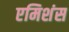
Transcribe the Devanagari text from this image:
एमिशंस